Vaccination in the Punjab 1905-1918 - 1905-1918
Year: 1905
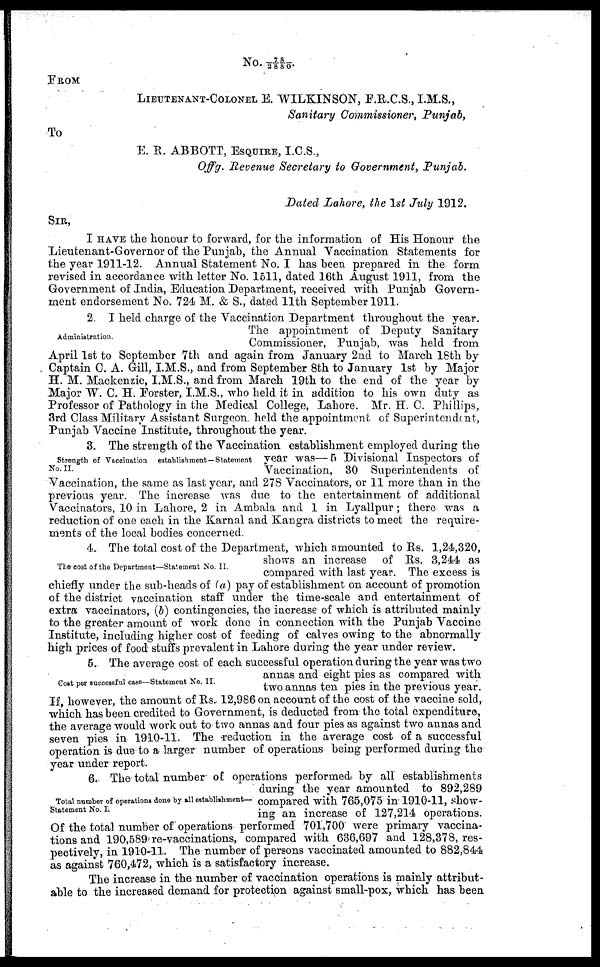
No. 78/2880.
FROM
LIEUTENANT-COLONEL E. WILKINSON, F.R.C.S., I.M.S.,
Sanitary Commissioner, Punjab,
TO
E. R. ABBOTT, ESQUIRE, I.C.S.,
Offg. Revenue Secretary to Government, Punjab.
Dated Lahore, the 1st July 1912.
SIR,
I HAVE the honour to forward, for the information of His Honour the
Lieutenant-Governor of the Punjab, the Annual Vaccination Statements for
the year 1911-12. Annual Statement No. I has been prepared in the form
revised in accordance with letter No. 1511, dated 16th August 1911, from the
Government of India, Education Department, received with Punjab Govern-
ment endorsement No. 724 M. & S., dated 11th September 1911.
Administration.
2. I held charge of the Vaccination Department throughout the year.
The appointment of Deputy Sanitary
Commissioner, Punjab, was held from
April 1st to September 7th and again from January 2nd to March 18th by
Captain C. A. Gill, I.M.S., and from September 8th to January 1st by Major
H. M. Mackenzie, I.M.S., and from March 19th to the end of the year by
Major W. C. H. Forster, I.M.S., who held it in addition to his own duty as
Professor of Pathology in the Medical College, Lahore. Mr. H. C. Phillips,
3rd Class Military Assistant Surgeon held the appointment of Superintendent,
Punjab Vaccine Institute, throughout the year.
Strength of Vaccination
establishment—Statement
No.II.
3. The strength of the Vaccination establishment employed during the
year was— 5 Divisional Inspectors of
Vaccination, 30 Superintendents of
Vaccination, the same as last year, and 278 Vaccinators, or 11 more than in the
previous year. The increase was due to the entertainment of additional
Vaccinators, 10 in Lahore, 2 in Ambala and 1 in Lyallpur ; there was a
reduction of one each in the Karnal and Kangra districts to meet the require-
ments of the local bodies concerned.
The cost of the Department—Statement No. II.
4. The total cost of the Department, which amounted to Rs. 1,24,320,
shows an increase of Rs. 3,244 as
compared with last year. The excess is
chiefly under the sub-heads of (a) pay of establishment on account of promotion
of the district vaccination staff under the time-scale and entertainment of
extra vaccinators, (b) contingencies, the increase of which is attributed mainly
to the greater amount of work done in connection with the Punjab Vaccine
Institute, including higher cost of feeding of calves owing to the abnormally
high prices of food stuffs prevalent in Lahore during the year under review.
Cost per successful case—Statement No. II.
5. The average cost of each successful operation during the year was two
annas and eight pies as compared with
two annas ten pies in the previous year.
If, however, the amount of Rs. 12,986 on account of the cost of the vaccine sold,
which has been credited to Government, is deducted from the total expenditure,
the average would work out to two annas and four pies as against two annas and
seven pies in 1910-11. The reduction in the average cost of a successful
operation is due to a larger number of operations being performed during the
year under report.
Total number of operations done by all establishment—
Statement No. I
6. The total number of operations performed by all establishments
during the year amounted to 892,289
compared with 765,075 in 1910-11, show-
ing an increase of 127,214 operations.
Of the total number of operations performed 701,700 were primary vaccina-
tions and 190,589 re-vaccinations, compared with 636,697 and 128,378, res-
pectively, in 1910-11. The number of persons vaccinated amounted to 882,844
as against 760,472, which is a satisfactory increase.
The increase in the number of vaccination operations is mainly attribut-
able to the increased demand for protection against small-pox, which has been